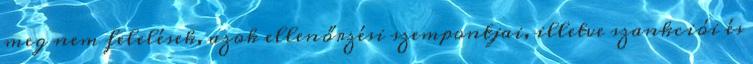
meg nem felelések, azok ellenőrzési szempontjai, illetve szankciói és